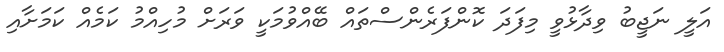
އަލީ ނަޖީބު ވިދާޅުވީ މިފަދަ ކޮންފަރެންސްތައް ބޭއްވުމަކީ ވަރަށް މުހިއްމު ކަމެއް ކަމަށާއި